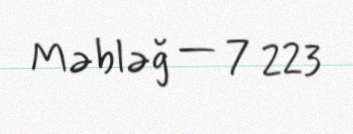
Məbləğ — 7 223